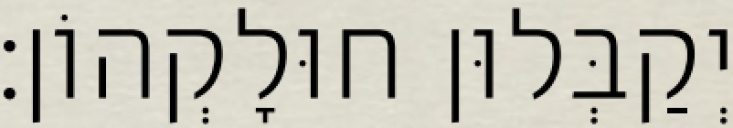
יְקַבְּלוּן חוּלָקְהוֹן׃